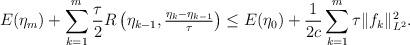
LaTeX: \begin{align*}E(\eta_m) + \sum_{k = 1}^m \frac{\tau}{2} R\left(\eta_{k - 1}, \tfrac{\eta_k - \eta_{k - 1}}{\tau}\right) \le E(\eta_0) + \frac{1}{2c}\sum_{k = 1}^m \tau \|f_k\|_{L^2}^2.\end{align*}